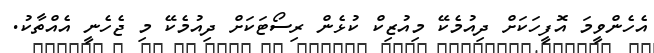
އެހެންވީމަ އޮފީހަކަށް ދިއުމެކޭ މިއުޒިކް ކުޅެން ރިސޯޓަކަށް ދިއުމެކޭ މި ޖެހެނީ އެއްތާކު.